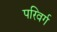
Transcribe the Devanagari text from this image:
परिवर्ग